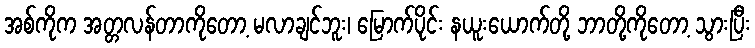
အစ်ကိုက အတ္တလန်တာကိုတော့ မလာချင်ဘူး၊ မြောက်ပိုင်း နယူးယောက်တို့ ဘာတို့ကိုတော့ သွားပြီး